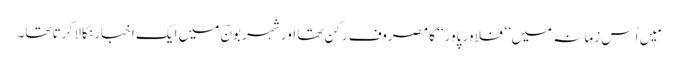
مَیں اُس زمانہ میں ’’فلاور پاور‘‘ کا مصروف رکن تھا اور شہر بونؔ میں ایک اخبار نکالا کرتا تھا۔